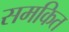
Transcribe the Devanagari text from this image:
समकित